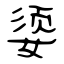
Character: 媭